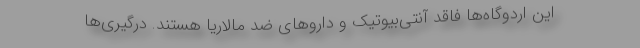
این اردوگاه‌ها فاقد آنتی‌بیوتیک و داروهای ضد مالاریا هستند. درگیری‌ها